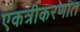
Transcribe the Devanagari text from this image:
एकत्रीकरणात